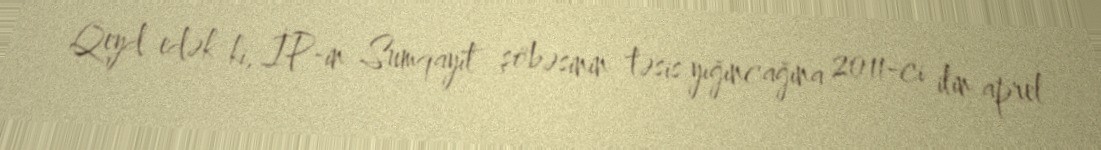
Qeyd edək ki, İP-in Sumqayıt şöbəsinin təsis yığıncağına 2011-ci ilin aprel